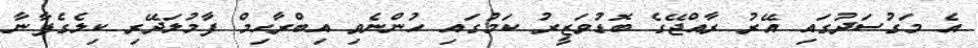
އެ މަގުސަދުގައި އޭރު ރާއްޖޭގެ ބޮޑުވަޒީރު ކަމުގައި ހުންނެވި އިބްރާހިމް ފާމުލަދޭރި ކިލެގެފާނާ